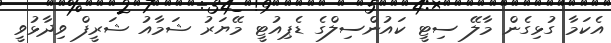
އެކަމާ ގުޅިގެން މާލޭ ސިޓީ ކައުންސިލްގެ ޑެޕިއުޓީ މޭޔަރު ޝަމާއު ޝަރީފް ވިދާޅުވީ